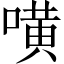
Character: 𠾛